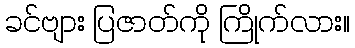
ခင်ဗျား ပြဇာတ်ကို ကြိုက်လား။